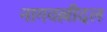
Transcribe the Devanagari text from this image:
नागवल्लीदल